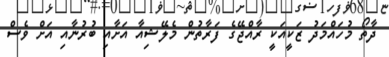
ދާތޯ މުހައްމަދު ޒަކީއަކީ ރާއްޖޭގެ ފަރާތުން މެލޭޝިއާ އަށާއި ބުރުނާއި އަށް ވެސް